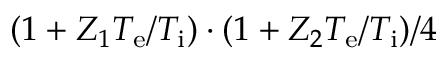
( 1 + Z _ { 1 } T _ { \mathrm { e } } / T _ { \mathrm { i } } ) \cdot ( 1 + Z _ { 2 } T _ { \mathrm { e } } / T _ { \mathrm { i } } ) / 4